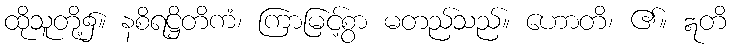
ထိုသူတို့၌။ နစိရဋ္ဌိတိကံ၊ ကြာမြင့်စွာ မတည်သည်။ ဟောတိ၊ ၏။ ဣတိ